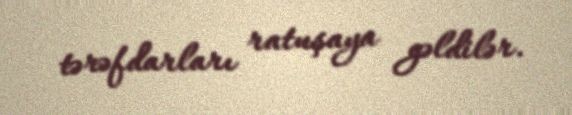
tərəfdarları ratuşaya gəldilər.